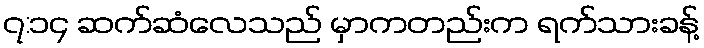
၇:၁၄ ဆက်ဆံလေသည် မှာကတည်းက ရက်သားခန့်